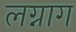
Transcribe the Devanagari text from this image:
लग्नाग